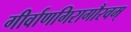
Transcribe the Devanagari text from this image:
गीर्वाणगिरागौरवम्